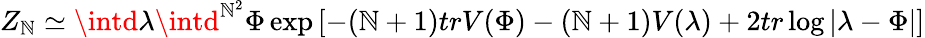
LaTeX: Z_{\mathbb{N}}\simeq\intd\lambda\intd^{\mathbb{N}^{2}}\Phi\exp\left[-(\mathbb{N}+1)trV(\Phi)-(\mathbb{N}+1)V(\lambda)+2tr\log|\lambda-\Phi|\right]